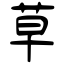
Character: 草